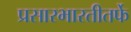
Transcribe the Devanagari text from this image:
प्रसारभारतीतर्फे